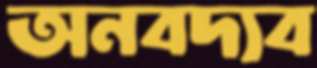
অনবদ্যব